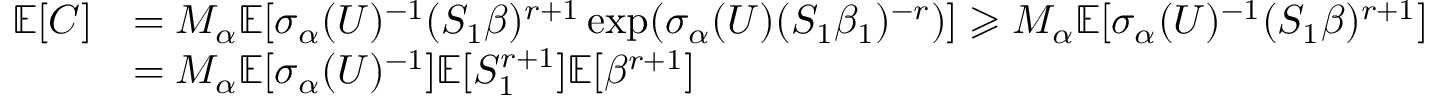
\begin{array} { r l } { \mathbb { E } [ C ] } & { = M _ { \alpha } \mathbb { E } [ \sigma _ { \alpha } ( U ) ^ { - 1 } ( S _ { 1 } \beta ) ^ { r + 1 } \exp ( \sigma _ { \alpha } ( U ) ( S _ { 1 } \beta _ { 1 } ) ^ { - r } ) ] \geqslant M _ { \alpha } \mathbb { E } [ \sigma _ { \alpha } ( U ) ^ { - 1 } ( S _ { 1 } \beta ) ^ { r + 1 } ] } \\ & { = M _ { \alpha } \mathbb { E } [ \sigma _ { \alpha } ( U ) ^ { - 1 } ] \mathbb { E } [ S _ { 1 } ^ { r + 1 } ] \mathbb { E } [ \beta ^ { r + 1 } ] } \end{array}